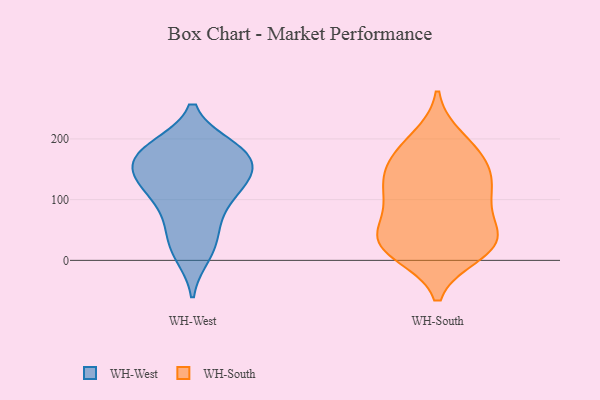
{"axis": {"x": "Net Income (USD K)", "y": "Value"}, "legend": ["WH-South", "WH-West"], "data": [{"x": "", "y": 18, "type": "WH-West"}, {"x": "", "y": 39, "type": "WH-West"}, {"x": "", "y": 186, "type": "WH-West"}, {"x": "", "y": 172, "type": "WH-West"}, {"x": "", "y": 126, "type": "WH-West"}, {"x": "", "y": 122, "type": "WH-West"}, {"x": "", "y": 114, "type": "WH-West"}, {"x": "", "y": 182, "type": "WH-West"}, {"x": "", "y": 145, "type": "WH-West"}, {"x": "", "y": 181, "type": "WH-West"}, {"x": "", "y": 183, "type": "WH-West"}, {"x": "", "y": 10, "type": "WH-West"}, {"x": "", "y": 69, "type": "WH-West"}, {"x": "", "y": 80, "type": "WH-West"}, {"x": "", "y": 163, "type": "WH-West"}, {"x": "", "y": 127, "type": "WH-West"}, {"x": "", "y": 149, "type": "WH-West"}, {"x": "", "y": 18, "type": "WH-South"}, {"x": "", "y": 32, "type": "WH-South"}, {"x": "", "y": 200, "type": "WH-South"}, {"x": "", "y": 127, "type": "WH-South"}, {"x": "", "y": 168, "type": "WH-South"}, {"x": "", "y": 29, "type": "WH-South"}, {"x": "", "y": 35, "type": "WH-South"}, {"x": "", "y": 146, "type": "WH-South"}, {"x": "", "y": 185, "type": "WH-South"}, {"x": "", "y": 152, "type": "WH-South"}, {"x": "", "y": 33, "type": "WH-South"}, {"x": "", "y": 103, "type": "WH-South"}, {"x": "", "y": 104, "type": "WH-South"}, {"x": "", "y": 56, "type": "WH-South"}, {"x": "", "y": 101, "type": "WH-South"}, {"x": "", "y": 12, "type": "WH-South"}]}